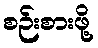
စဉ်းစားဖို့